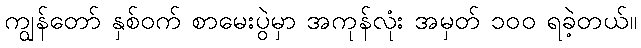
ကျွန်တော် နှစ်ဝက် စာမေးပွဲမှာ အကုန်လုံး အမှတ် ၁၀၀ ရခဲ့တယ်။